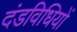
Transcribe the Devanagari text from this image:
दंडविधियों